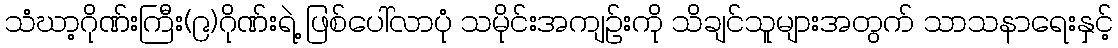
သံဃာ့ဂိုဏ်းကြီး(၉)ဂိုဏ်းရဲ့ ဖြစ်ပေါ်လာပုံ သမိုင်းအကျဉ်းကို သိချင်သူများအတွက် သာသနာရေးနှင့်